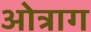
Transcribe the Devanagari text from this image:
ओत्राग